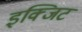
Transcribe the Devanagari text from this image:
इक्जिट